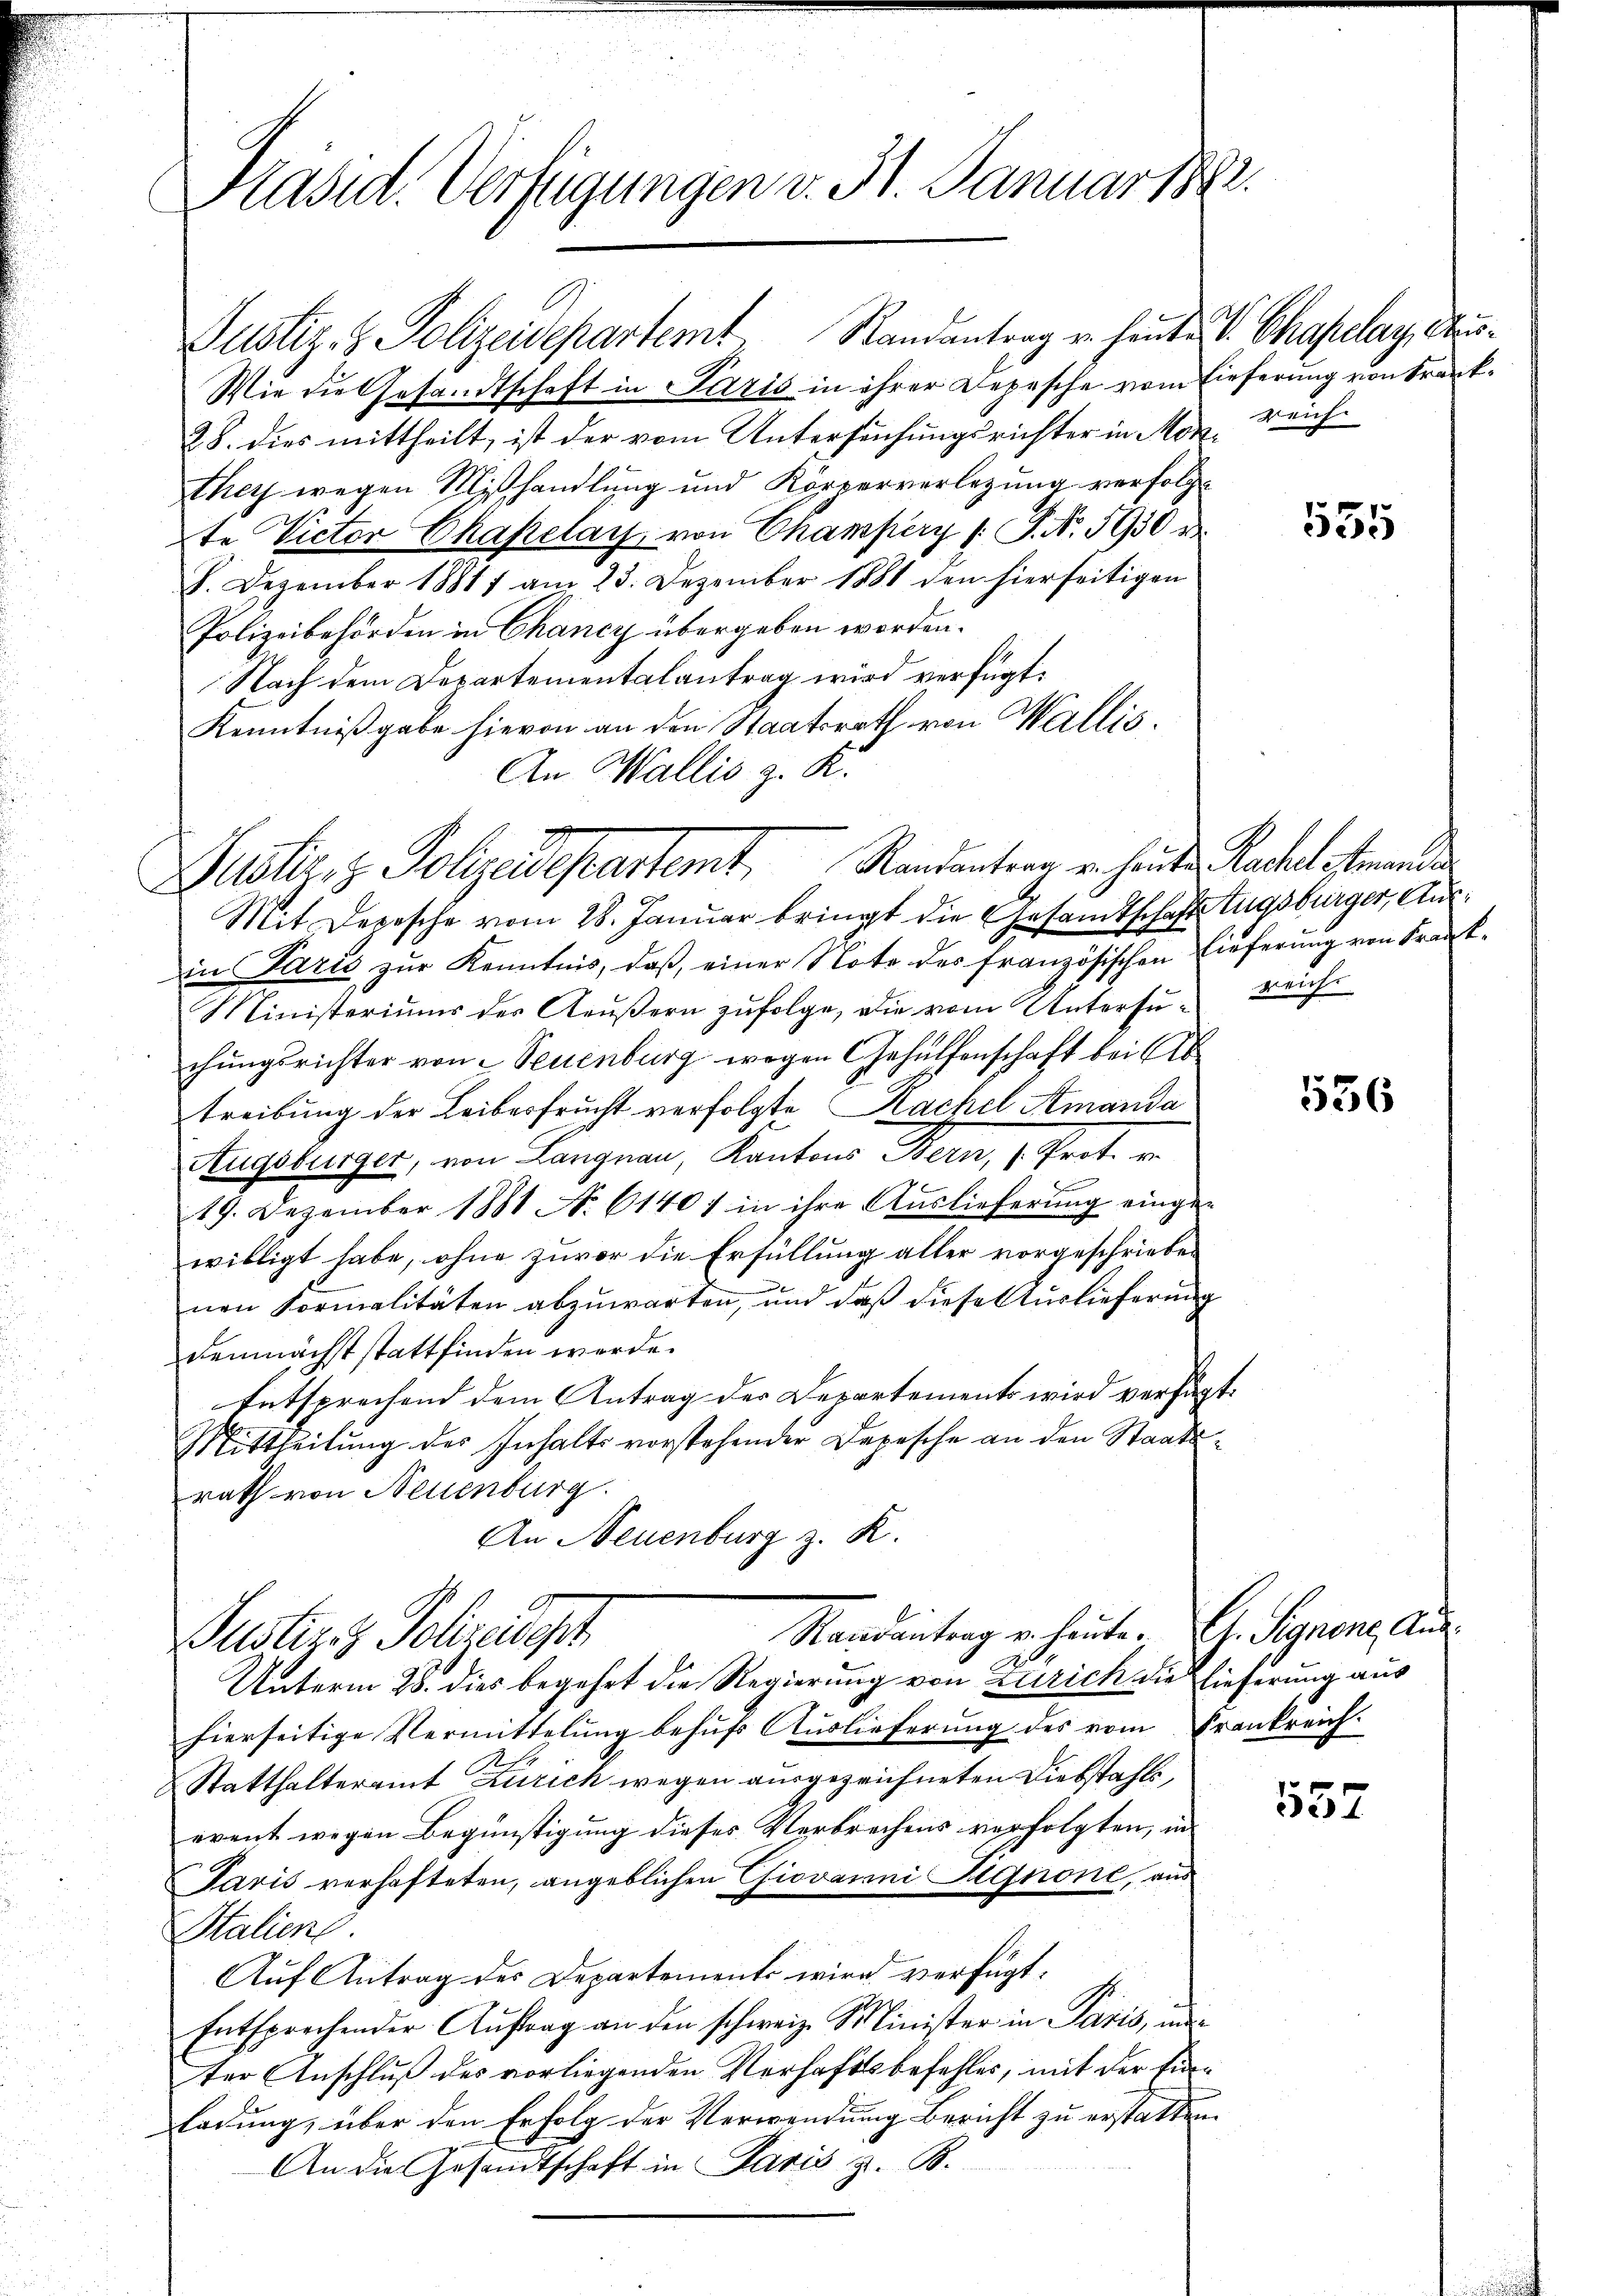
Präsid. Verfügungen v. St. Januar 18

Justiz- & Polizeisepartemt Randantrag u. heute V. Chapelag, Aus¬
Wie die Gesandtschaft in Paris in ihrer Depesche vom Tieferung von Krank¬
28. dies mittheilt, ist der vom Untersuchungsrichter in Morthey wegen Mißhandlung und Körperverlegung verfolgte Victor Chapelar von Chamsperg (: P. Nr. 1950 e
8. Dezember 1881 am 23. Dezember 1881 den hierseitigen
Polizeibehörden in Chancy übergeben worden.
Nach dem Departementalantrag wird verfügt:
Kenntnißgabe hievon an den Staatsrath von Wallis.
An Wallis z. K.

Mit Depesche vom 28. Januar bringt die Gesamtschaft Zugsbürger, Ausin Pazić zur Kenntnis, daß, einer Note des Französischen Eiferung von Krank¬
Ministeriums der Aeŭβern zŭfolge, die vom Untersu- reiche
chungsrichter von Neuenburg wegen Gehülfenschaft bei Abtreibung der Leibesfrucht verfolgte Sachel Amanda
Augsburger, von Langnau, Kantons Bern, (Prot. v.
19. Dezember 1881 No. 61407 in ihre Auslieferung einge-
willigt habe, ohne zuvor die Erfüllung aller vorgeschrieben
nen Formalitäten abzuwarten, und daß diese Auslieferung
demnächst stattfinden werde.
Entsprechend dem Antrag der Departements wird verfügt:
Mittheilung des Inhalts vorstehender Depesche an den Staatsrath von Neuenburg
An Neuenburg z. R.

Justier, z. Polizeidepartemt. Randantern von Handen Recht stande

Randantrag u. heute. G. Signene Aus¬
Justiz & Polizeidet
Unterm 28. dies begehrt die Regierung von Zürich die Lieferung aus

hierseitige Vermittelung behufs Auslieferung des vom Frankreich:
Statthalteramt Zürich wegen ausgezeichneten Diebstahls,
event wegen Begünstigung dieses Verbrechens verfolgten, in
Jaris verhafteten, angeblichen Giovanni Agnone, aus
Stalien.
Aŭf Antrag des Departements wird verfügt:
Entsprechender Aŭftrag an den schweiz. Minister in Paris, un
ter Anschluß des vorliegenden Verhaftsbefehles, mit der Einladung, über den Erfolg der Verwendung Bericht zu erstatten
An die Gesandtschaft in Paris z. B.

reich

u

555

556

537